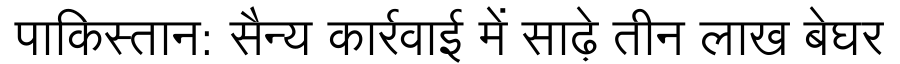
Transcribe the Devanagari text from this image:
पाकिस्तान: सैन्य कार्रवाई में साढ़े तीन लाख बेघर